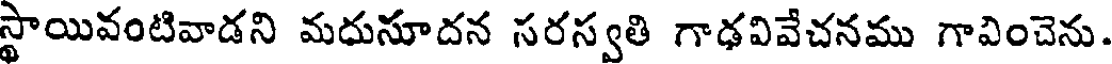
స్థాయివంటివాడని మదుసూదన సరస్వతి గాఢవివేచనము గావించెను.